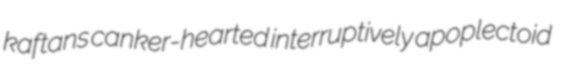
kaftans canker-hearted interruptively apoplectoid